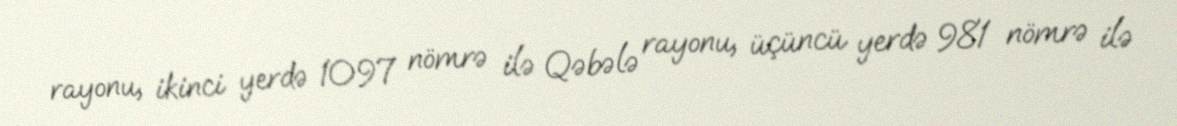
rayonu, ikinci yerdə 1097 nömrə ilə Qəbələ rayonu, üçüncü yerdə 981 nömrə ilə